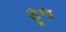
ફૂલ